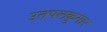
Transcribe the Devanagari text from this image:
उतपलकुमार